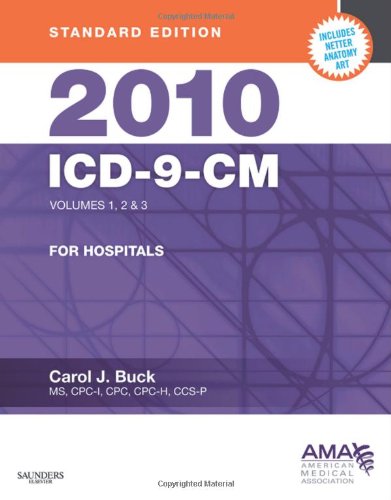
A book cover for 2010 ICD-9-CM for Hospitals, Volumes 1, 2 and 3, Standard Edition, 1e (AMA ICD-9-CM for Hospitals (Standard Edition)); Carol J. Buck MS  CPC  CCS-P; Medical Books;